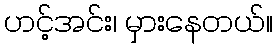
ဟင့်အင်း၊ မှားနေတယ်။